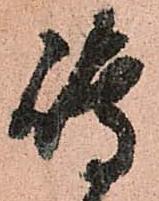
嶋